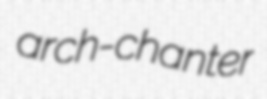
arch-chanter